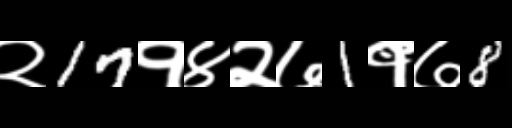
Text: २17१४२७1१७8